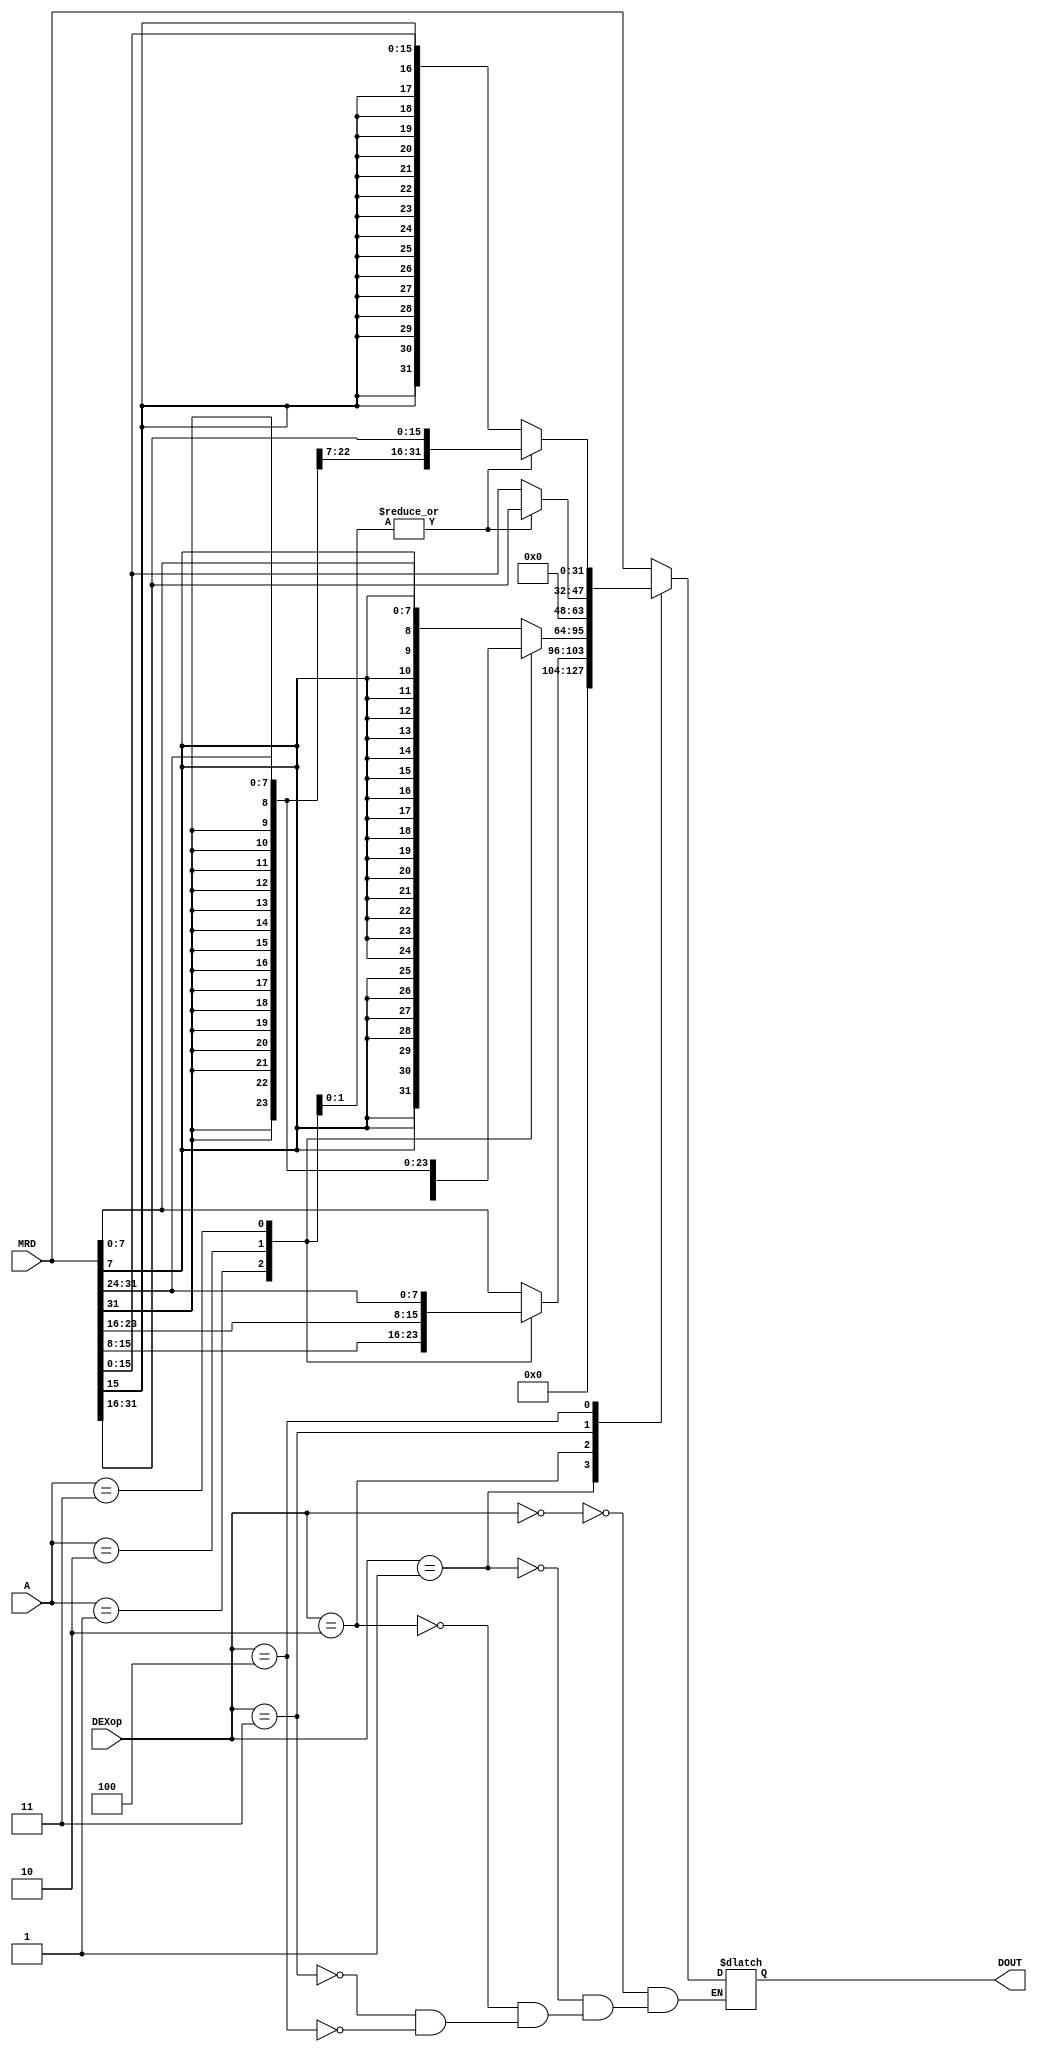
`timescale 1ns / 1ps
//////////////////////////////////////////////////////////////////////////////////
// Company: 
// Engineer: 
// 
// Design Name: 
// Module Name:    DMEX 
// Project Name: 
// Target Devices: 
// Tool versions: 
// Description: 
//
// Dependencies: 
//
// Revision: 
// Revision 0.01 - File Created
// Additional Comments: 
//
//////////////////////////////////////////////////////////////////////////////////
module DMEX(
    input [1:0] A,
    input [31:0] MRD,
    input [2:0] DEXop,
    output reg[31:0] DOUT
    );
    always@(*)begin
	 case(DEXop)
	 3'b000:DOUT<=MRD;
	 3'b001:begin
	   case(A)
      2'b00:DOUT<={{24{1'b0}},MRD[7:0]};
		2'b01:DOUT<={{24{1'b0}},MRD[15:8]};
		2'b10:DOUT<={{24{1'b0}},MRD[23:16]};
		2'b11:DOUT<={{24{1'b0}},MRD[31:24]};
      endcase		
	 end
	 3'b010:begin
	   case(A)
		2'b00:DOUT<={{24{MRD[7]}},MRD[7:0]};
		2'b01:DOUT<={{24{MRD[15]}},MRD[15:8]};
		2'b10:DOUT<={{24{MRD[23]}},MRD[23:16]};
		2'b11:DOUT<={{24{MRD[31]}},MRD[31:24]};
		endcase
	 end
	 3'b011:begin
	   case(A)
		2'b00,2'b01:DOUT<={{16{1'b0}},MRD[15:0]};
		2'b10,2'b11:DOUT<={{16{1'b0}},MRD[31:16]};
		endcase
	 end
	 3'b100:begin
	   case(A)
		2'b00,2'b01:DOUT<={{16{MRD[15]}},MRD[15:0]};
		2'b10,2'b11:DOUT<={{16{MRD[31]}},MRD[31:16]};
		endcase
	 end
	 endcase
	 end

endmodule